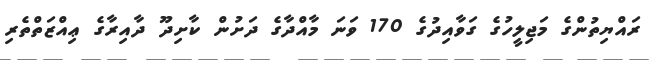
ރައްޔިތުންގެ މަޖިލީހުގެ ގަވާއިދުގެ 170 ވަނަ މާއްދާގެ ދަށުން ކާށިދޫ ދާއިރާގެ ޢިއްޒަތްތެރި